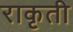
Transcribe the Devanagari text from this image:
राकृती